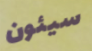
سيئون